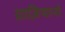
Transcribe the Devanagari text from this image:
ग्राज़ियानो